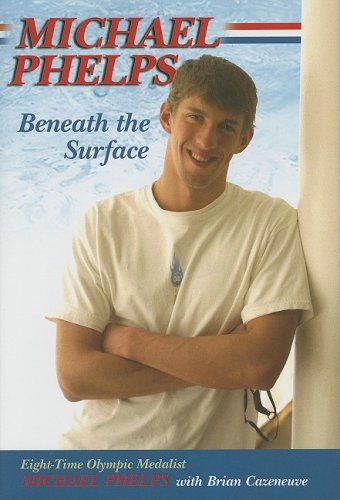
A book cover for Michael Phelps: Beneath the Surface; Michael Phelps; Health, Fitness & Dieting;